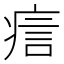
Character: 𤶘